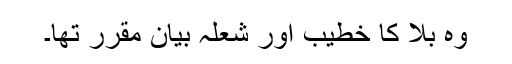
وہ بلا کا خطیب اور شعلہ بیان مقرر تھا۔